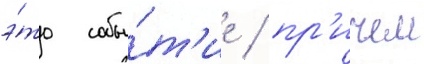
э́то собы́т'ие / пр'ичем